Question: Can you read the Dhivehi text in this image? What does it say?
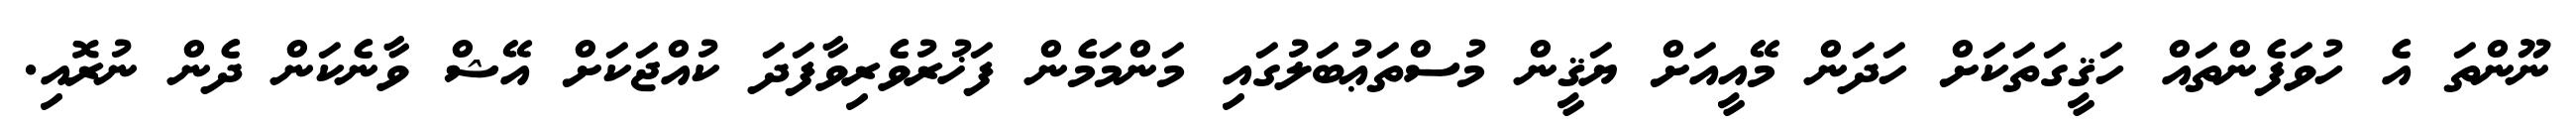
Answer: ނޫންތަ އެ ހުވަފެންތައް ހަޤީގަތަކަށް ހަދަން މޭއީއަށް ޔަޤީން މުސްތަޢުބަލުގައި މަންމަމެން ފަޚުރުވެރިވާފަދަ ކުއްޖަކަށް އޭޝް ވާނެކަން ދެން ނުރޮއި.